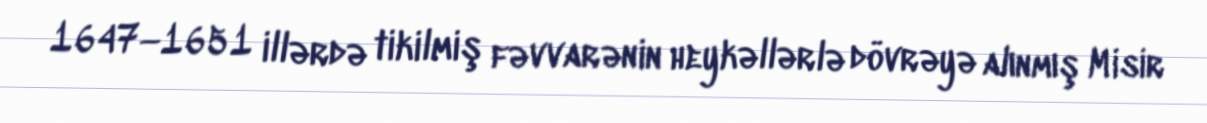
1647—1651 illərdə tikilmiş fəvvarənin heykəllərlə dövrəyə alınmış Misir